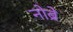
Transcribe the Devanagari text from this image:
नोब्रे